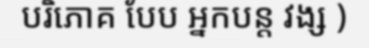
បរិភោគ បែប អ្នកបន្ត វង្ស )